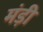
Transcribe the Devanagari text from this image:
मंड़ी